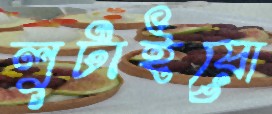
লুটাইয়ো